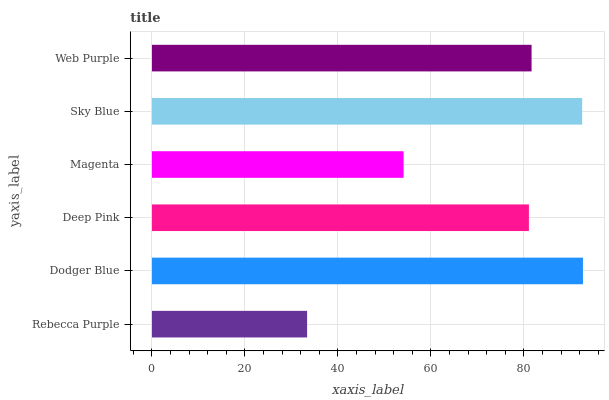
| yaxis_label | bars |
 | --- | --- |
 | Rebecca Purple | 33.4 |
 | Dodger Blue | 92.7 |
 | Deep Pink | 81.1 |
 | Magenta | 54.1 |
 | Sky Blue | 92.5 |
 | Web Purple | 81.6 |